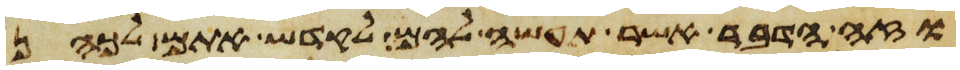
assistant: וזה הדבר אשר תעשה להם לקדש אתם לכהן